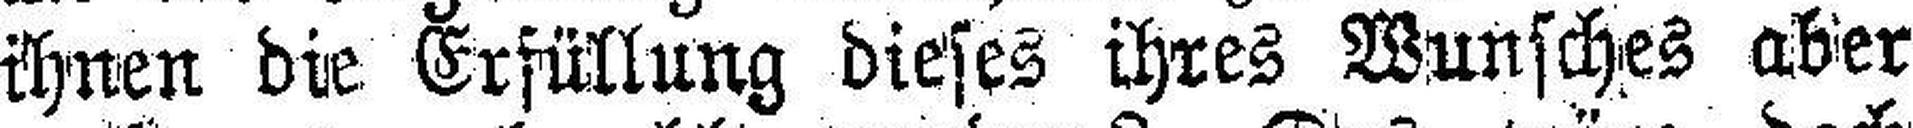
ihnen die Erfüllung dieses ihres Wunsches aber